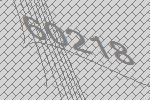
60218